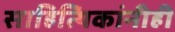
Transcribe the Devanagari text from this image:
साहित्यिकांनीही